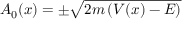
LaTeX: A _ { 0 } ( x ) = \pm { \sqrt { 2 m \left( V ( x ) - E \right) } }